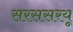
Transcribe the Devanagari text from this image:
सरससरयू